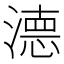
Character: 𭲖